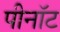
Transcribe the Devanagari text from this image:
पीनॉट